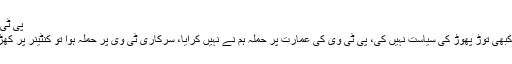
پی ٹی وی پر حملہ ہم نے نہیں کروایا
انہوں نے کہا کہ بیس سال میں کبھی توڑ پھوڑ کی سیاست نہیں کی، پی ٹی وی کی عمارت پر حملہ ہم نے نہیں کرایا، سرکاری ٹی وی پر حملہ ہوا تو کنٹینر پر کھڑے ہوکر کہا تھا کہ واپس آجاؤ۔